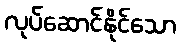
လုပ်ဆောင်နိုင်သော